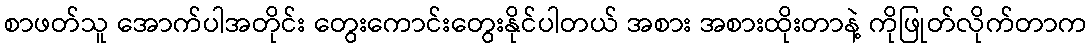
စာဖတ်သူ အောက်ပါအတိုင်း တွေးကောင်းတွေးနိုင်ပါတယ် အစား အစားထိုးတာနဲ့ ကိုဖြုတ်လိုက်တာက